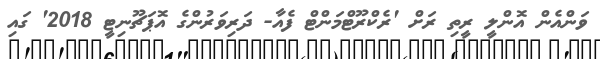
ވަންއެން އޮންލީ ރީތި ރަށް 'ރެކްރޫޓްމަންޓް ފެއާ- ދަރިވަރުންގެ އޮޕަޗޫނިޓީ 2018' ގައި